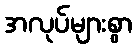
အလုပ်များစွာ